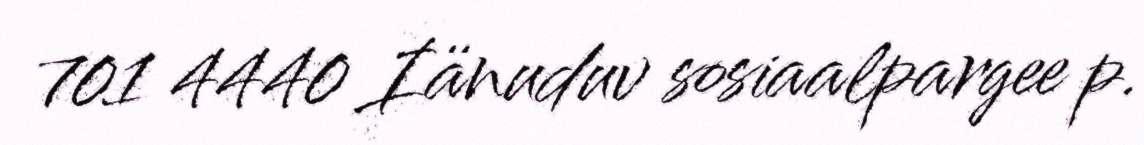
701 4440 Iänuduv sosiaalpargee p.